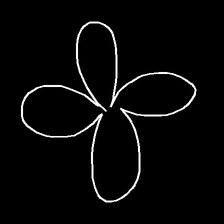
Glyph: billowing